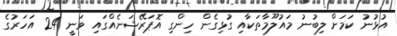
އުޅުނު ކަމަށް ލިބުނު މައުލޫމާތަކާއި ގުޅިގެން ހިންގި އޮޕަރޭޝަނެއްގައި ވަނީ 24 އަހަރުގެ